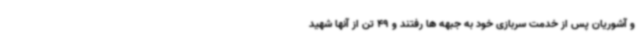
و آشوریان پس از خدمت سربازی خود به جبهه ها رفتند و 49 تن از آنها شهید